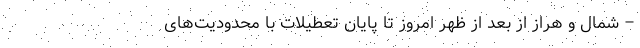
– شمال و هراز از بعد از ظهر امروز تا پایان تعطیلات با محدودیت‌های